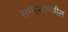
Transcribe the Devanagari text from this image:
समस्यांमधील